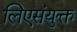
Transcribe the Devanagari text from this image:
लिएसंयुक्त